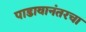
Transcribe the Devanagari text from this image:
पाडावानंतरचा